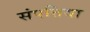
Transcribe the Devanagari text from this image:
संपत्तिया